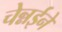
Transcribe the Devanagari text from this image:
चेन्नईने